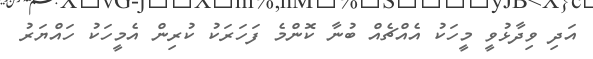
އަދި ވިދާޅުވީ މީހަކު އެއްޗެއް ބުނާ ކޮންމެ ފަހަރަކު ކުރިން އެމީހަކު ހައްޔަރު